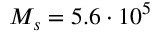
M _ { s } = 5 . 6 \cdot 1 0 ^ { 5 }